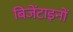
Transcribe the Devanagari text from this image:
बिजेंटाइनों